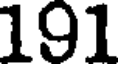
191